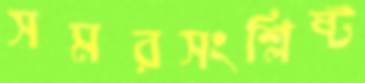
সমরসংশ্লিষ্ট